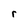
Character: r